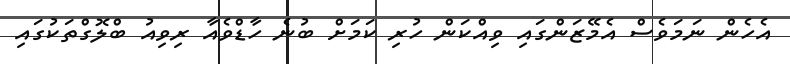
އެހެން ނަމަވެސް އެމޭޒަންގައި ވިއްކަން ހުރި ކަމަށް ބުނެ ހާޑްވެއާ ރިވިއު ބްލޮގްތަކުގައި